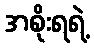
အစိုးရရဲ့